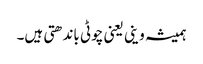
ہمیشہ وینی یعنی چوٹی باندھتی ہیں۔